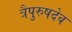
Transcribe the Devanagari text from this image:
त्रैपुरुषदेव